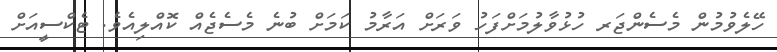
ހޭލެވުމުން މެސެންޖަރ ހުޅުވާލުމަށްފަހު ވަރަށް އަރާމު ކަމަށް ބުނެ މެސެޖެއް ކޮއްލިއެވެ. ޓެކްސީއަށް